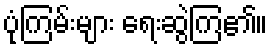
ပုံကြမ်းများ ရေးဆွဲကြ၏။